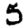
Digit: 5